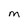
Character: M